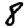
Digit: 8